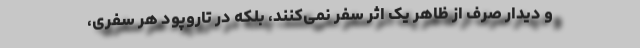
و دیدار صرف از ظاهر یک اثر سفر نمی‌کنند، بلکه در تاروپود هر سفری،